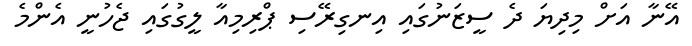
އޭނާ އަށް މިދިޔަ ދެ ސީޒަނުގައި އިނގިރޭސި ޕްރިމިއާ ލީގުގައި ޖެހުނީ އެންމެ